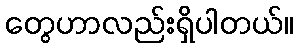
တွေဟာလည်းရှိပါတယ်။